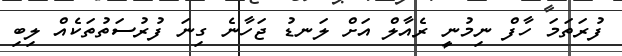
ފުރަތަމަ ހާފް ނިމުނީ ރެއާލް އަށް ލަނޑު ޖަހާނެ ގިނަ ފުރުސަތުތަކެއް ލިބި